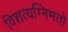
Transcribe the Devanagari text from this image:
विशत्यग्निमतो